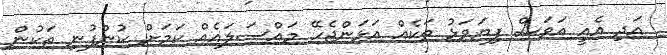
އަދި އެއީ އަވަސް ފިޔަވަޅު ތަކެއް އަޅަންޖެހޭ މައްސަލައެއް ކަމަށް ކުންފުނި ތަކުން